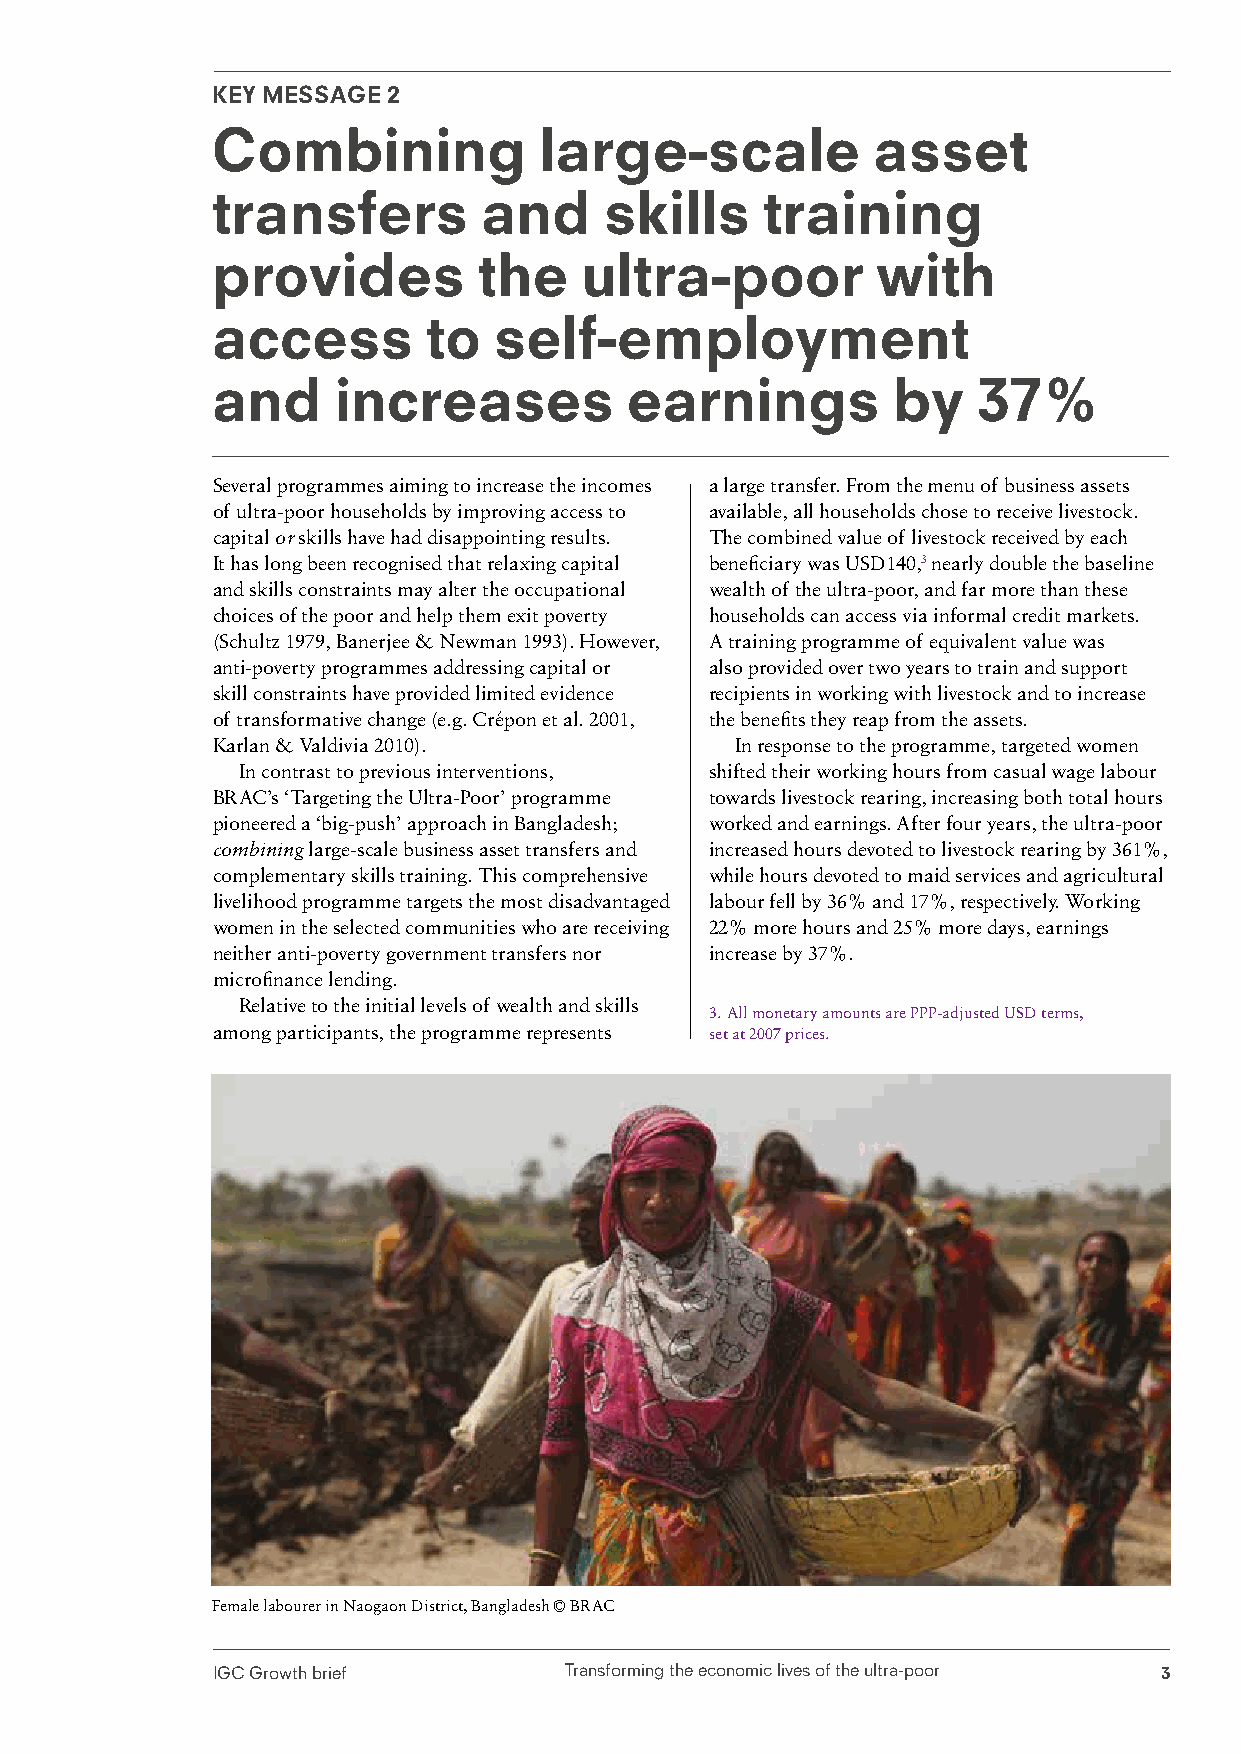
KEY MESSAGE 2
 Combining             large-scale           asset
 transfers         and     skills    training
 provides          the   ultra-poor          with
 access        to   self-employment
 and     increases          earnings          by    37%
 Several programmes aiming to increase the incomes a large transfer. From the menu of business assets
 of ultra-poor households by improving access to available, all households chose to receive livestock.
 capital or skills have had disappointing results. The combined value of livestock received by each
 It has long been recognised that relaxing capital beneficiary was USD140,3 nearly double the baseline
 and skills constraints may alter the occupational wealth of the ultra-poor, and far more than these
 choices of the poor and help them exit poverty households can access via informal credit markets.
 (Schultz 1979, Banerjee & Newman 1993). However, A training programme of equivalent value was
 anti-poverty programmes addressing capital or also provided over two years to train and support
 skill constraints have provided limited evidence recipients in working with livestock and to increase
 of transformative change (e.g. Crépon et al. 2001, the benefits they reap from the assets.
 Karlan & Valdivia 2010).           In response to the programme, targeted women
 In contrast to previous interventions, shifted their working hours from casual wage labour
 BRAC’s ‘Targeting the Ultra-Poor’ programme towards livestock rearing, increasing both total hours
 pioneered a ‘big-push’ approach in Bangladesh; worked and earnings. After four years, the ultra-poor
 combining large-scale business asset transfers and increased hours devoted to livestock rearing by 361%,
 complementary skills training. This comprehensive while hours devoted to maid services and agricultural
 livelihood programme targets the most disadvantaged labour fell by 36% and 17%, respectively. Working
 women in the selected communities who are receiving 22% more hours and 25% more days, earnings
 neither anti-poverty government transfers nor increase by 37%.
 microfinance lending.
 Relative to the initial levels of wealth and skills
 3. All monetary amounts are PPP-adjusted USD terms,
 among participants, the programme represents set at 2007 prices.
 Female labourer in Naogaon District, Bangladesh © BRAC
 IGC Growth brief       Transforming the economic lives of the ultra-poor 3